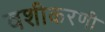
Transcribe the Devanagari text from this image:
वशीकरणी